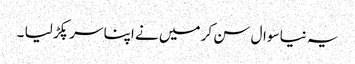
یہ نیا سوال سن کر میں نے اپنا سر پکڑ لیا ۔